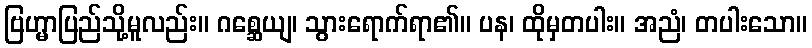
ဗြဟ္မာပြည်သို့မူလည်း။ ဂစ္ဆေယျ၊ သွားရောက်ရာ၏။ ပန၊ ထိုမှတပါး။ အညံ၊ တပါးသော။